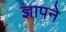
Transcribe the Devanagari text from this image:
ज्ञापने